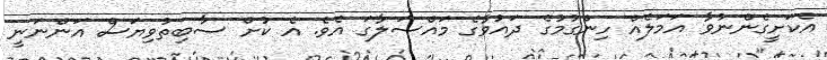
އެކަށީގެންނުވާ އަމަލެއް ހިންގުމުގެ ދައުވާގެ މައްސަލާގަ އެވެ. އެ ކުށް ސާބިތުވިޔަސް އަންނަނީ